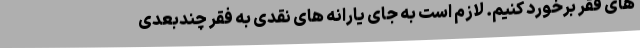
های فقر برخورد کنیم. لازم است به جای یارانه های نقدی به فقر چندبعدی